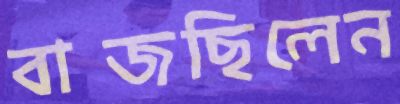
বাজছিলেন